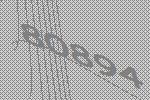
80894